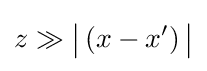
z\gg {\big |}\left(x-x^{\prime }\right){\big |}